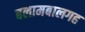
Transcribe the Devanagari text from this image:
बलामबालगह